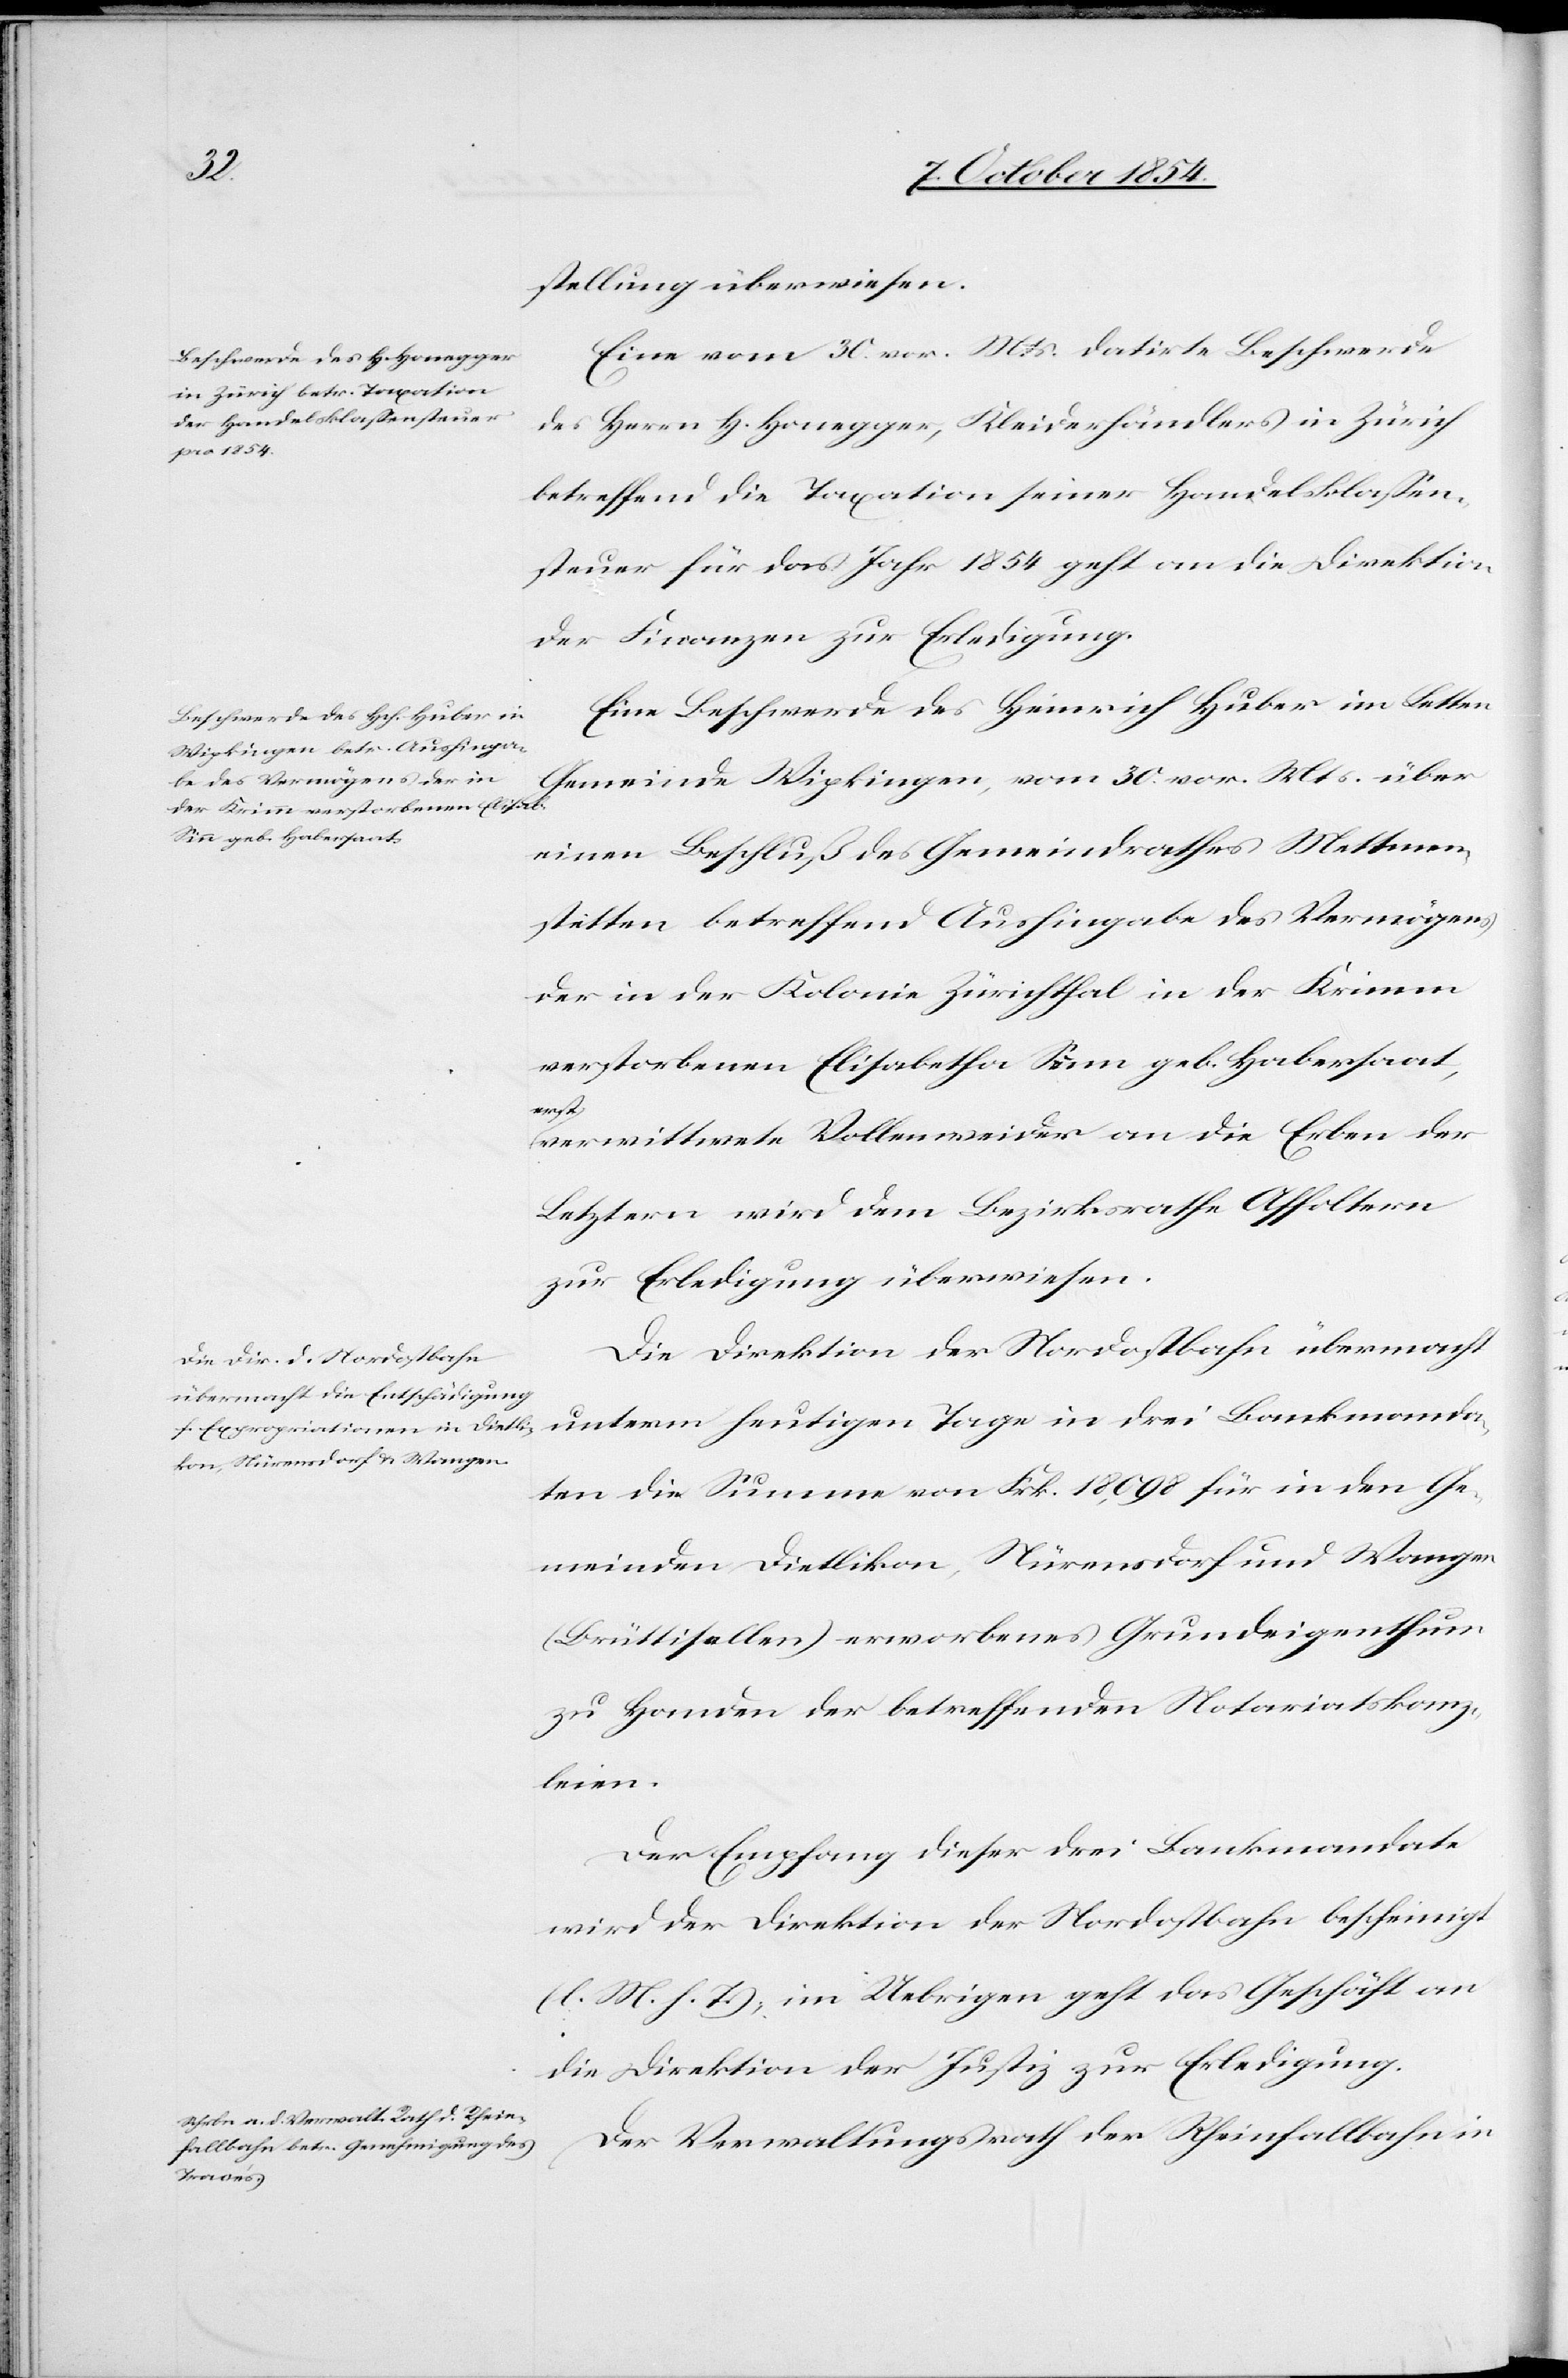
stellung überwiesen.
Eine vom 30. vor. Mts. datirte Beschwerde
des Herrn H. Honegger, Kleiderhändlers in Zürich
betreffend die Taxation seiner Handelsklaßen¬
steuer für das Jahr 1854 geht an die Direktion
der Finanzen zur Erledigung.
Eine Beschwerde des Heinrich Huber im Letten
Gemeinde Wipkingen, vom 30. vor. Mts. über
einen Beschluß des Gemeindrathes Mettmen¬
stetten betreffend Aushingabe des Vermögens
der in der Kolonie Zürichthal in der Krimm
verstorbenen Elisabetha Senn geb. Habersaat,
a-erst-a
verwittwete Vollenweider an die Erben der
Letztern wird dem Bezirksrathe Affoltern
zur Erledigung überwiesen.
Die Direktion der Nordostbahn übermacht
unterm heutigen Tage in drei Bankmanda¬
ten die Summe von Frk. 18,098 für in den Ge¬
meinden Dietlikon, Nürensdorf und Wangen
(Brüttisellen) erworbenes Grundeigenthum
zu Handen der betreffenden Notariatskanz¬
leien.
Der Empfang dieser drei Bankmandate
wird der Direktion der Nordostbahn bescheinigt
(l. M. h. T.), im Uebrigen geht das Geschäft an
die Direktion der Justiz zur Erledigung.
Der Verwaltungsrath der Rheinfallbahn in